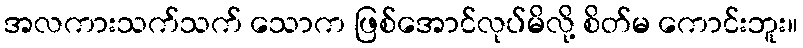
အလကားသက်သက် သောက ဖြစ်အောင်လုပ်မိလို့ စိတ်မ ကောင်းဘူး။